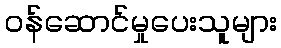
ဝန်ဆောင်မှုပေးသူများ